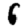
Digit: 6